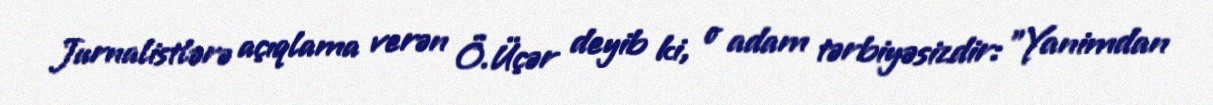
Jurnalistlərə açıqlama verən Ö.Üçər deyib ki, o adam tərbiyəsizdir: "Yanimdan